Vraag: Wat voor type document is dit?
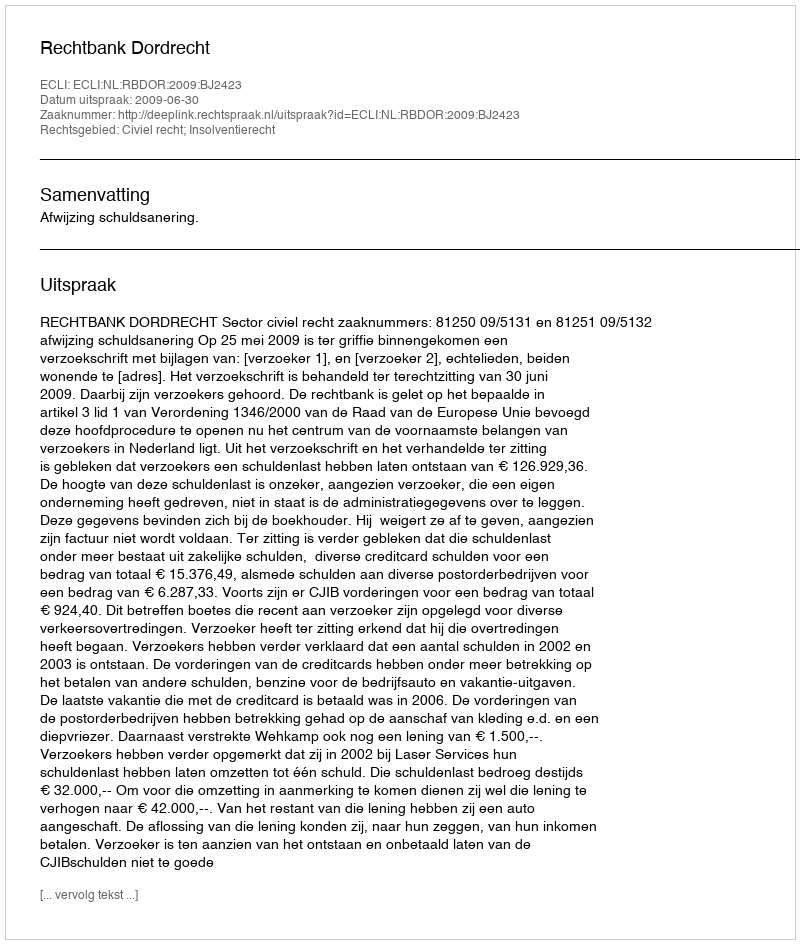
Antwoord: Uitspraak